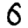
Digit: 6